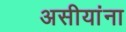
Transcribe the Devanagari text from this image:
असीयांना